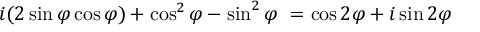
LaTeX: i ( 2 \sin \varphi \cos \varphi ) + \cos ^ { 2 } \varphi - \sin ^ { 2 } \varphi \ = \cos 2 \varphi + i \sin 2 \varphi